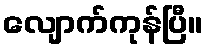
လျောက်ကုန်ပြီ။